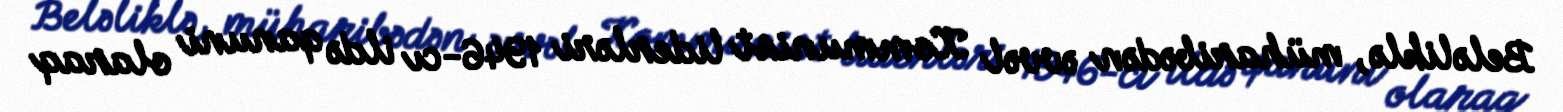
Beləliklə, müharibədən əvvəl Kommunist liderləri 1946-cı ildə qanuni olaraq